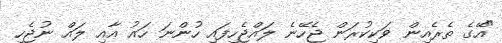
"އޭގެ ތެރެއިން ވަކިކުރަން ޖެހޭނެ ލައްޖެހިފައި ހުންނަ ހައު އާއި ލައް ނުޖެހި